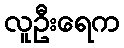
လူဦးရေက